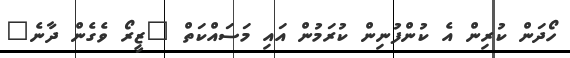
ހޯދަން ކުރިން އެ ކުންފުނިން ކުރަމުން އައި މަސައްކަތް "ޒީރޯ ވެގެން ދާނެ"